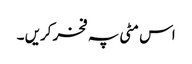
اس مٹی پہ فخر کریں ۔